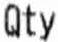
QTY